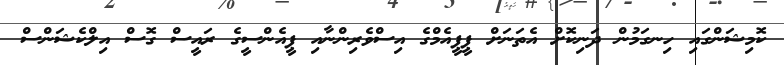
ކޮމިޝަންގައި ހިނގަމުން ދަނިކޮށް އެތަނަށް ޕީޕީއެމްގެ އިސްވެރިންނާއި ޕީއެންސީގެ ރައީސް ގޮސް އިލްކެޝަންސް